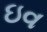
ઇવ